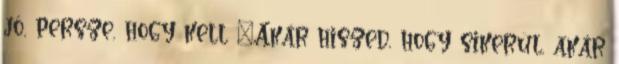
jó, persze, hogy kell "Akár hiszed, hogy sikerül, akár